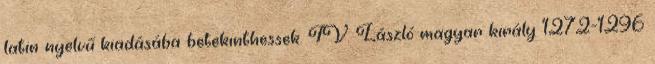
latin nyelvű kiadásába betekinthessek. IV. László magyar király 1272-1296